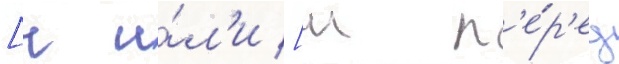
[ч и́л'и [ш п'е́р'ед